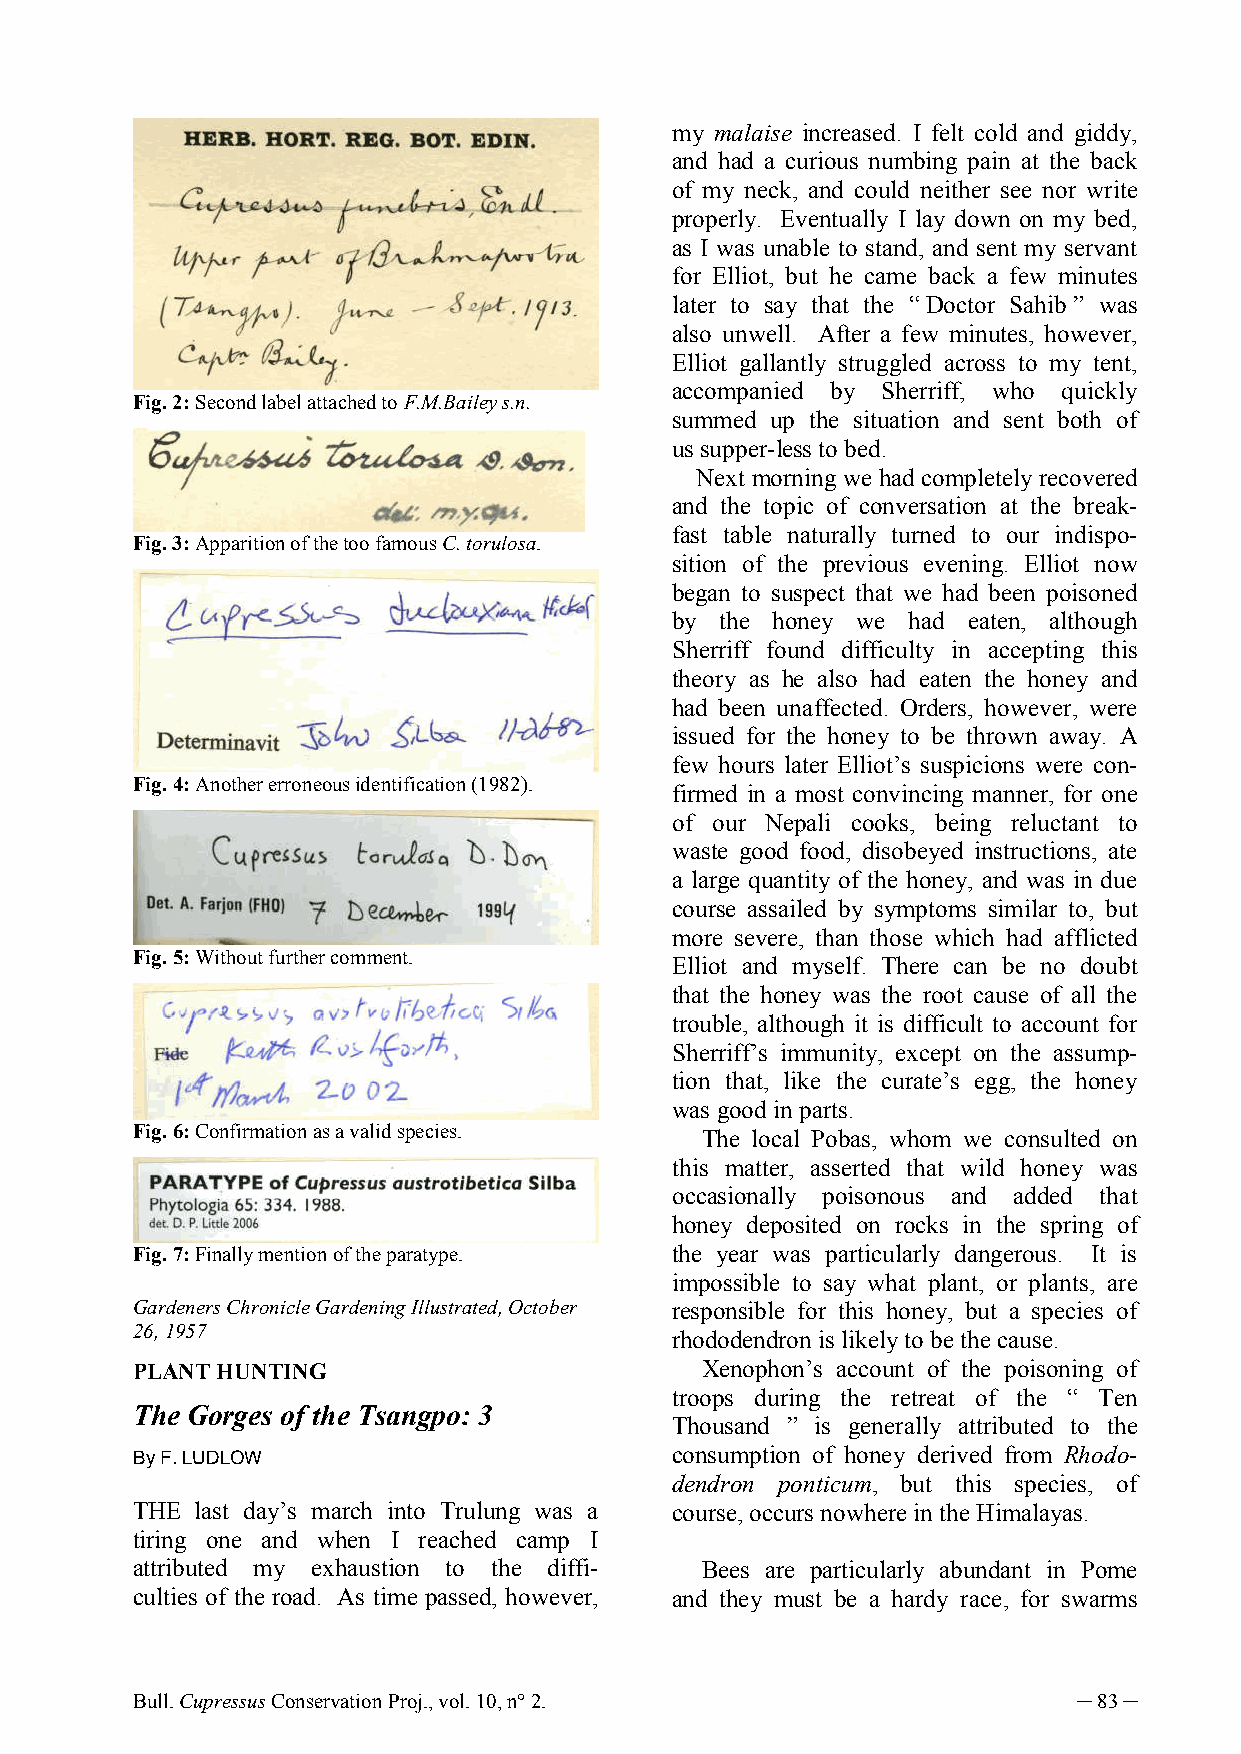
my malaise increased. I felt cold and giddy,
 and had a curious numbing pain at the back
 of my neck, and could neither see nor write
 properly. Eventually I lay down on my bed,
 as I was unable to stand, and sent my servant
 for Elliot, but he came back a few minutes
 later to say that the “ Doctor Sahib ” was
 also unwell. After a few minutes, however,
 Elliot gallantly struggled across to my tent,
 accompanied by Sherriff, who quickly
 Fig. 2: Second label attached to F.M.Bailey s.n.
 summed up the situation and sent both of
 us supper-less to bed.
 Next morning we had completely recovered
 and the topic of conversation at the break-
 fast table naturally turned to our indispo-
 Fig. 3: Apparition of the too famous C. torulosa.
 sition of the previous evening. Elliot now
 began to suspect that we had been poisoned
 by  the honey we had eaten, although
 Sherriff found difficulty in accepting this
 theory as he also had eaten the honey and
 had been unaffected. Orders, however, were
 issued for the honey to be thrown away. A
 few hours later Elliot’s suspicions were con-
 Fig. 4: Another erroneous identification (1982).
 firmed in a most convincing manner, for one
 of our Nepali cooks, being reluctant to
 waste good food, disobeyed instructions, ate
 a large quantity of the honey, and was in due
 course assailed by symptoms similar to, but
 more severe, than those which had afflicted
 Fig. 5: Without further comment.
 Elliot and myself. There can be no doubt
 that the honey was the root cause of all the
 trouble, although it is difficult to account for
 Sherriff’s immunity, except on the assump-
 tion that, like the curate’s egg, the honey
 was good in parts.
 Fig. 6: Confirmation as a valid species. The local Pobas, whom we consulted on
 this matter, asserted that wild honey was
 occasionally poisonous and added that
 honey deposited on rocks in the spring of
 Fig. 7: Finally mention of the paratype. the year was particularly dangerous. It is
 impossible to say what plant, or plants, are
 Gardeners Chronicle Gardening Illustrated, October responsible for this honey, but a species of
 26, 1957
 rhododendron is likely to be the cause.
 PLANT HUNTING                        Xenophon’s account of the poisoning of
 troops during the retreat of the “ Ten
 The Gorges of the Tsangpo: 3
 Thousand ” is generally attributed to the
 By F. LUDLOW                       consumption of honey derived from Rhodo-
 dendron ponticum, but this species, of
 THE last day’s march into Trulung was a course, occurs nowhere in the Himalayas.
 tiring one and when I reached camp I
 attributed my exhaustion to the diffi- Bees are particularly abundant in Pome
 culties of the road. As time passed, however, and they must be a hardy race, for swarms
 Bull. Cupressus Conservation Proj., vol. 10, n° 2.            ─ 83 ─